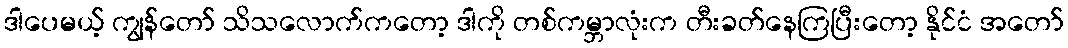
ဒါပေမယ့် ကျွန်တော် သိသလောက်ကတော့ ဒါကို တစ်ကမ္ဘာလုံးက တီးခတ်နေကြပြီးတော့ နိုင်ငံ အတော်